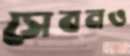
সেবনও